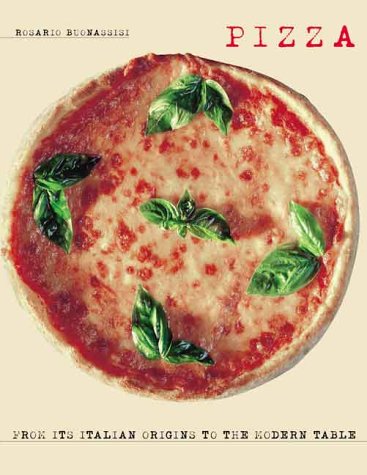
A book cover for Pizza: From Its Italian Origins to the Modern Table; Rosario Buonassisi; Cookbooks, Food & Wine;